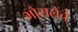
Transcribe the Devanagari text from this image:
भोसलेंचे